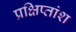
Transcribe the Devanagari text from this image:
प्रक्षिप्तांश